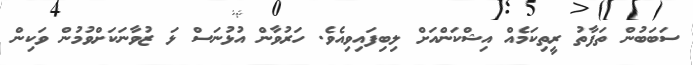
ސަބަބުން ތަފާތު ރީތިކަމެއް އިޝްކަންއަށް ލިބިފައިވިއެވެ. ހަރުވާން އުޅުނަސް ޅަ ޒުވާނަކަށްވުމުން ވަކިން